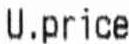
U.PRICE